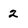
Character: 2